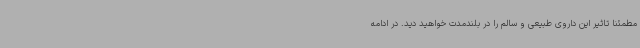
مطمئنا تاثیر این داروی طبیعی و سالم را در بلندمدت خواهید دید. در ادامه